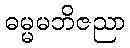
ဓမ္မမဘိဇညာ